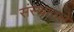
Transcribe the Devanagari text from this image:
संस्थातले